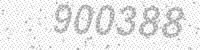
Solution: 900388